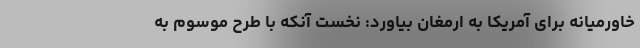
خاورمیانه برای آمریکا به ارمغان بیاورد: نخست آنکه با طرح موسوم به